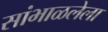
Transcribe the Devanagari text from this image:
सांभाळलेला